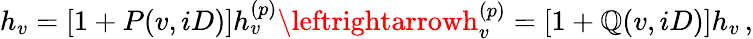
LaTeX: h_{v}=[1+P(v,iD)]h_{v}^{(p)}\leftrightarrowh_{v}^{(p)}=[1+\mathbb{Q}(v,iD)]h_{v}\, ,